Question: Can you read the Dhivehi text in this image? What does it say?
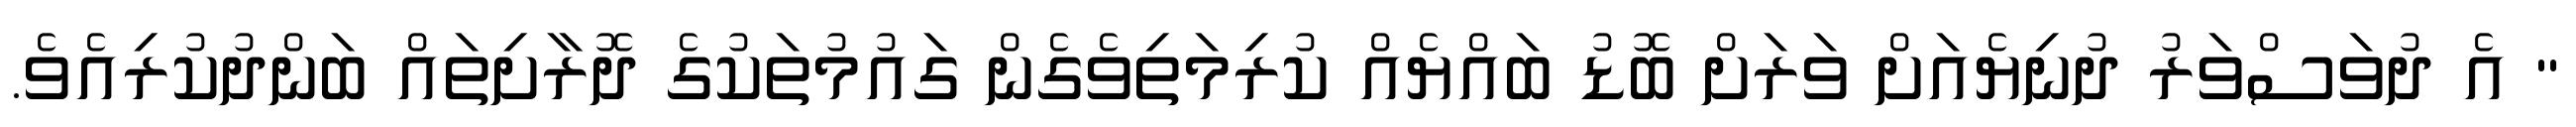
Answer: " އެ ދުވަސްވަރު ދުނިޔެއަށް ވަރަށް ބޮޑު ބައްޔެއް ކުރިމަތިވެގެން ގައުމުތަކުގެ ދޮރާށިތައް ބަންދުކުރިއެވެ.